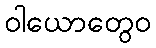
ဝါယောတွေဝ